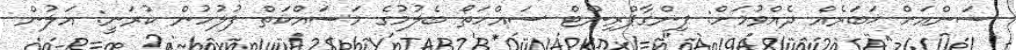
ސަންއަށް ޚަބަރެއް ދެއްވުމަށް: ފިންގާޕްރިންޓް ސައްހަތޯ ބެލުމުގެ މަސައްކަތް ފުލުހުން ކުރަނީ: އަލުން